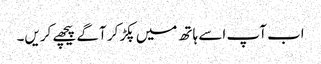
اب آپ اسے ہاتھ میں پکڑ کر آگے پیچھے کریں۔